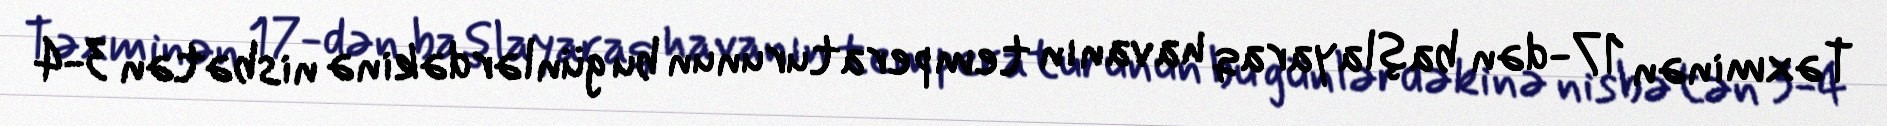
Təxminən 17-dən başlayaraq havanın temperaturunun bu günlərdəkinə nisbətən 3-4